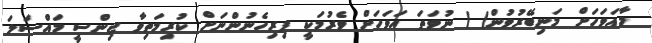
މާއަވަހަށް މަނިބޭރުވުން( ) ނުވަތަ އަވަހަށް ވެރުމަކީ ފިރިހެނުންނަށް ކުރިމަތިވާ ޖިންސީ މައްސަލަ